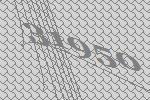
31950